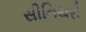
સીનિયરો